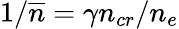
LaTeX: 1/\overline{{n}}=\gamma n_{cr}/n_{e}